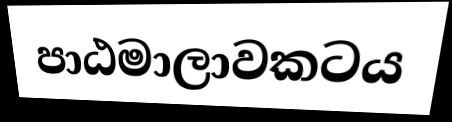
පාඨමාලාවකටය